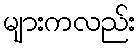
များကလည်း